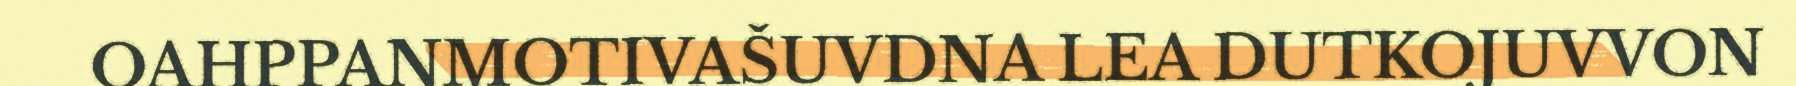
OAHPPANMOTIVAŠUVDNA LEA DUTKOJUVVON